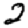
Digit: 2